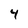
Character: 4